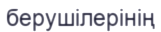
берушілерінің